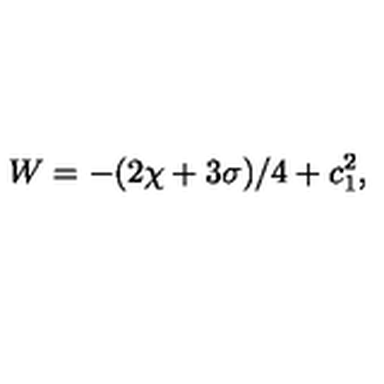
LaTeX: W = - ( 2 \chi + 3 \sigma ) / 4 + c _ { 1 } ^ { 2 } ,